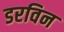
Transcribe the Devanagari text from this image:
डरविन